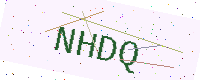
Text: NHDQ